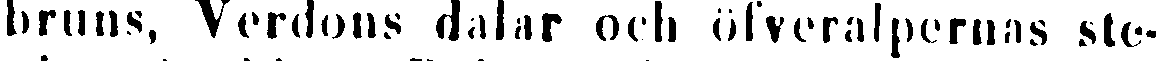
bruns, Verlons dalar och öfveralpernas ste-